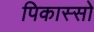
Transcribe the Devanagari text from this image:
पिकास्सो